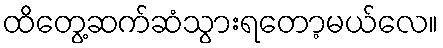
ထိတွေ့ဆက်ဆံသွားရတော့မယ်လေ။